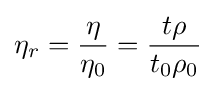
\eta _{r}={\frac {\eta }{\eta _{0}}}={\frac {t\rho }{t_{0}\rho _{0}}}